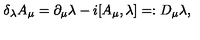
\delta _ { \lambda } A _ { \mu } = \partial _ { \mu } \lambda - i [ A _ { \mu } , \lambda ] = : D _ { \mu } \lambda ,